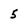
Character: 5